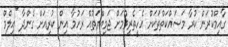
ގާއިމްކުރަން ކުރާ މަސައްކަތްތަކަށް އެހީތެރިވުމަށް ޖަމިއްޔަތުއް ރަހުމާ އިން ކުރިއަށް ގެންދާ "އިލްމް